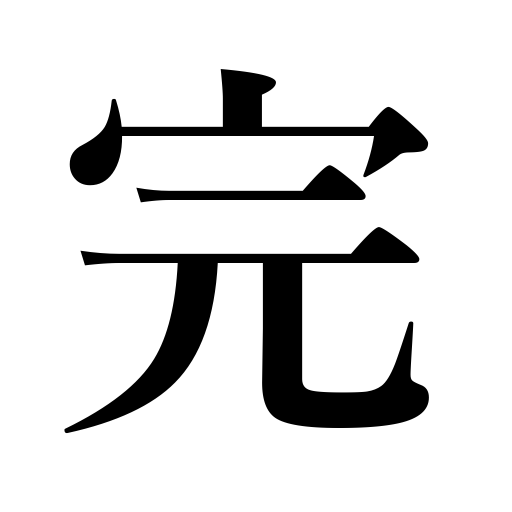
Meanings: end,comletion